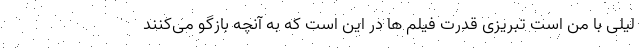
لیلی با من است تبریزی قدرت فیلم ها در این است که به آنچه بازگو می‌کنند